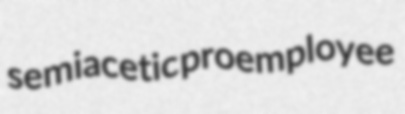
semiacetic proemployee